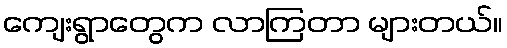
ကျေးရွာတွေက လာကြတာ များတယ်။